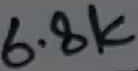
Text: 6.8K